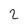
Character: 2